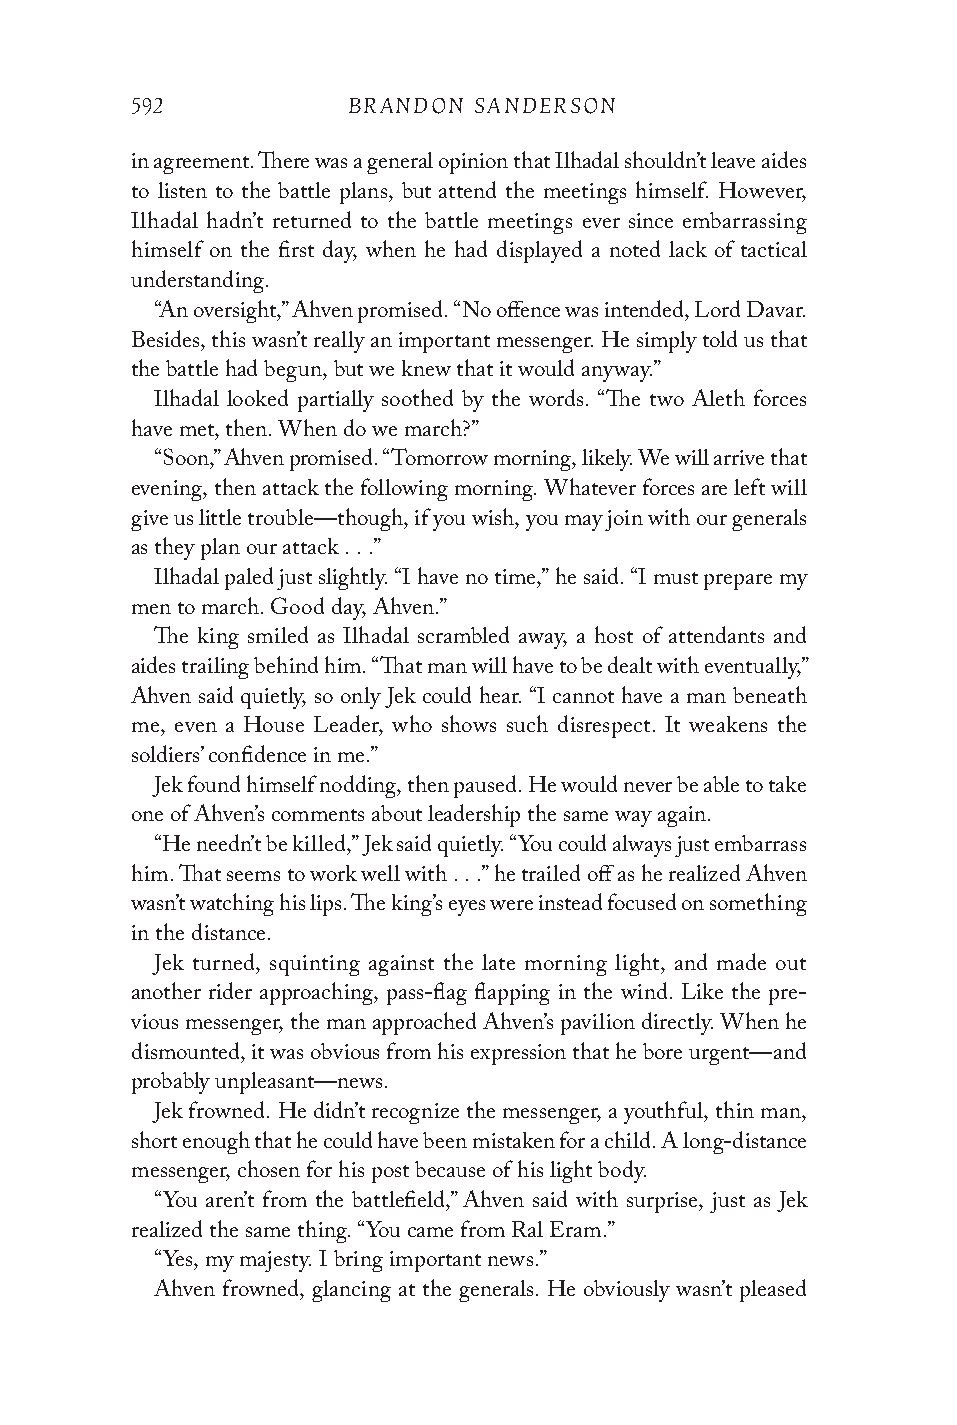
592           BRANDON SANDERSON
 in agreement. There was a general opinion that Ilhadal shouldn’t leave aides
 to listen to the battle plans, but attend the meetings himself. However,
 Ilhadal hadn’t returned to the battle meetings ever since embarrassing
 himself on the first day, when he had displayed a noted lack of tactical
 understanding.
 “An oversight,” Ahven promised. “No offence was intended, Lord Davar.
 Besides, this wasn’t really an important messenger. He simply told us that
 the battle had begun, but we knew that it would anyway.”
 Ilhadal looked partially soothed by the words. “The two Aleth forces
 have met, then. When do we march?”
 “Soon,” Ahven promised. “Tomorrow morning, likely. We will arrive that
 evening, then attack the following morning. Whatever forces are left will
 give us little trouble—though, if you wish, you may join with our generals
 as they plan our attack . . .”
 Ilhadal paled just slightly. “I have no time,” he said. “I must prepare my
 men to march. Good day, Ahven.”
 The king smiled as Ilhadal scrambled away, a host of attendants and
 aides trailing behind him. “That man will have to be dealt with eventually,”
 Ahven said quietly, so only Jek could hear. “I cannot have a man beneath
 me, even a House Leader, who shows such disrespect. It weakens the
 soldiers’ confidence in me.”
 Jek found himself nodding, then paused. He would never be able to take
 one of Ahven’s comments about leadership the same way again.
 “He needn’t be killed,” Jek said quietly. “You could always just embarrass
 him. That seems to work well with . . .” he trailed off as he realized Ahven
 wasn’t watching his lips. The king’s eyes were instead focused on something
 in the distance.
 Jek turned, squinting against the late morning light, and made out
 another rider approaching, pass-flag flapping in the wind. Like the pre-
 vious messenger, the man approached Ahven’s pavilion directly. When he
 dismounted, it was obvious from his expression that he bore urgent—and
 probably unpleasant—news.
 Jek frowned. He didn’t recognize the messenger, a youthful, thin man,
 short enough that he could have been mistaken for a child. A long-distance
 messenger, chosen for his post because of his light body.
 “You aren’t from the battlefield,” Ahven said with surprise, just as Jek
 realized the same thing. “You came from Ral Eram.”
 “Yes, my majesty. I bring important news.”
 Ahven frowned, glancing at the generals. He obviously wasn’t pleased